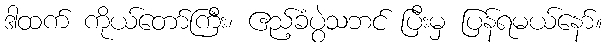
ဒါထက် ကိုယ်တော်ကြီး၊ ဧည့်ခံပွဲသဘင် ပြီးမှ ပြန်ရမယ်နော်။